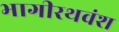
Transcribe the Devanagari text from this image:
भागीरथवंश